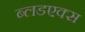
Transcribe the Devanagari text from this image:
ब्लडएक्स